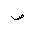
Letter: _sad